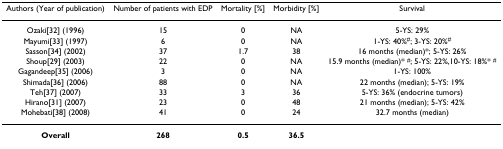
<table><thead><tr><td><b>Authors (Year of publication)</b></td><td><b>Number of patients with EDP</b></td><td><b>Mortality [%]</b></td><td><b>Morbidity [%]</b></td><td><b>Survival</b></td></tr></thead><tbody><tr><td>Ozaki[32] (1996)</td><td>15</td><td>0</td><td>NA</td><td>5-YS: 29%</td></tr><tr><td>Mayumi[33] (1997)</td><td>6</td><td>0</td><td>NA</td><td>1-YS: 40%<sup>#</sup>; 3-YS: 20%<sup>#</sup></td></tr><tr><td>Sasson[34] (2002)</td><td>37</td><td>1.7</td><td>38</td><td>16 months (median)*; 5-YS: 26%</td></tr><tr><td>Shoup[29] (2003)</td><td>22</td><td>0</td><td>NA</td><td>15.9 months (median)* <sup>#</sup>; 5-YS: 22%,10-YS: 18%* <sup>#</sup></td></tr><tr><td>Gagandeep[35] (2006)</td><td>3</td><td>0</td><td>NA</td><td>1-YS: 100%</td></tr><tr><td>Shimada[36] (2006)</td><td>88</td><td>0</td><td>NA</td><td>22 months (median); 5-YS: 19%</td></tr><tr><td>Teh[37] (2007)</td><td>33</td><td>3</td><td>36</td><td>5-YS: 36% (endocrine tumors)</td></tr><tr><td>Hirano[31] (2007)</td><td>23</td><td>0</td><td>48</td><td>21 months (median); 5-YS: 42%</td></tr><tr><td>Mohebati[38] (2008)</td><td>41</td><td>0</td><td>24</td><td>32.7 months (median)</td></tr><tr><td><b>Overall</b></td><td><b>268</b></td><td><b>0.5</b></td><td><b>36.5</b></td><td></td></tr></tbody></table>